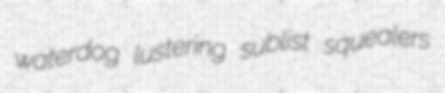
waterdog lustering sublist squealers